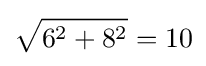
{\sqrt {6^{2}+8^{2}}}=10